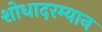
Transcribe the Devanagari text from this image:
शोधादरम्यान